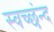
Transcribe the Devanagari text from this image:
स्वच्छंन्द